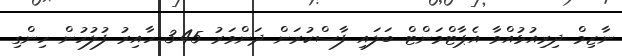
ނާޒިމް ދިރިއުޅުއްވާ އެޕާޓްމަންޓް ބަލައި ފާސްކުރަން ދަންވަރު 3.45 ހާއިރު ފުލުހުން ހިންގި